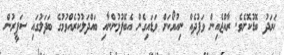
ޚަރަދު ބޮޑުކޮށެވެ. ރާއްޖެއިން ވަފުދެއް ނިއުޔޯކަށް ވަޑައިގެން އެބޭފުޅުންނާއި ބައްދަަލުކުރެއްވުމުގެ ބަދަލުގައި ސަފީރުން